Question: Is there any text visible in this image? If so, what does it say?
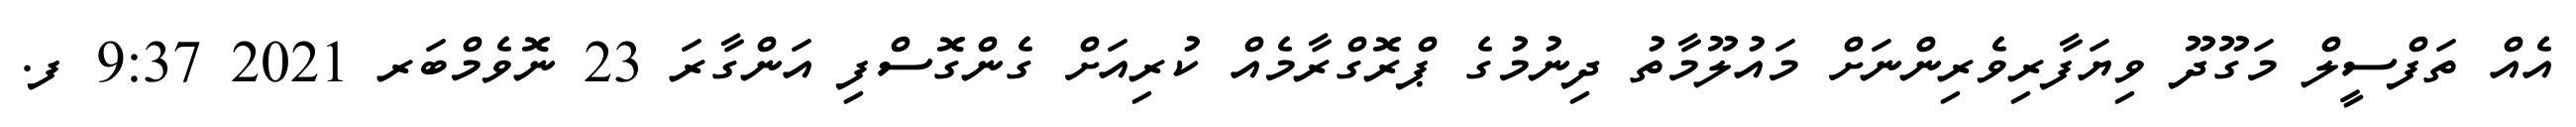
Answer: އެއް ތަފްސީލް މަގޫދޫ ވިޔަފާރިވެރިންނަށް މައުލޫމާތު ދިނުމުގެ ޕްރޮގްރާމެއް ކުރިއަށް ގެންގޮސްފި އަންގާރަ 23 ނޮވެމްބަރ 2021 9:37 ފ.